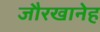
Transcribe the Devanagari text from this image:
जौरखानेह